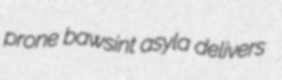
prone bawsint asyla delivers